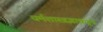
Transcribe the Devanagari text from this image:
धर्मशास्त्रज्ञाकडून